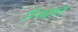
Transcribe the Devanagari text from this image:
रित्बान